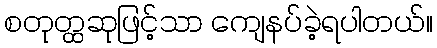
စတုတ္ထဆုဖြင့်သာ ကျေနပ်ခဲ့ရပါတယ်။